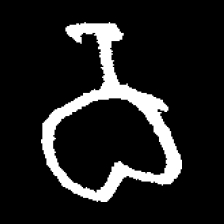
Pyu character \u2014 Myanmar letter: ဝ (romanized: wa)